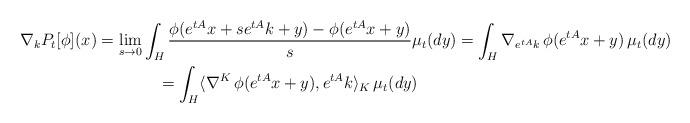
LaTeX: \begin{gather*} \nabla_k P_t[\phi](x) = \lim_{s \to 0}\int_H \frac{ \phi(e^{tA}x + s e^{tA}k +y) - \phi(e^{tA}x +y)} {s} \mu_t(dy) = \int_H \nabla_{ e^{tA} k} \, \phi(e^{tA}x+y) \, \mu_t(dy) \\ = \int_H\langle \nabla^{K } \, \phi(e^{tA}x+y), e^{tA} k \rangle_K \, \mu_t(dy) \end{gather*}